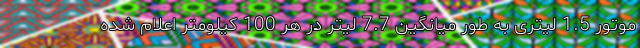
موتور 1.5 لیتری به طور میانگین 7.7 لیتر در هر 100 کیلومتر اعلام شده